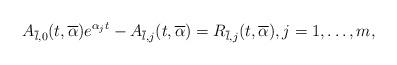
LaTeX: \begin{align*}A_{\overline{l}, 0}(t,\overline\alpha) e^{\alpha_j t} - A_{\overline{l}, j}(t,\overline\alpha) = R_{\overline{l},j}(t,\overline\alpha),j=1,\ldots,m,\end{align*}